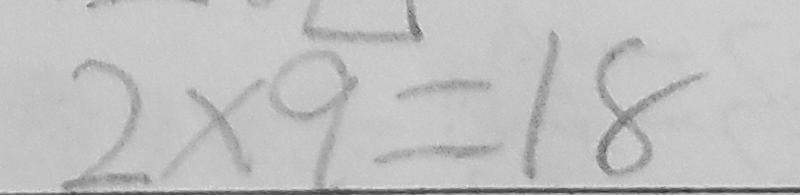
2 \times 9 = 1 8